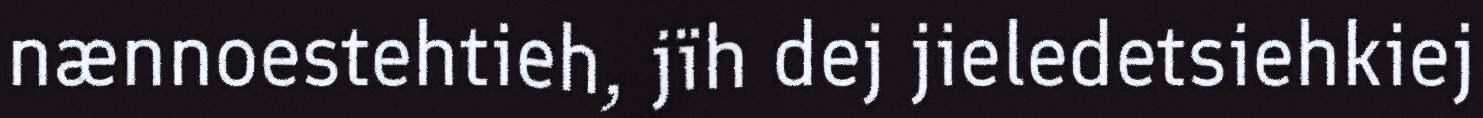
nænnoestehtieh, jïh dej jieledetsiehkiej